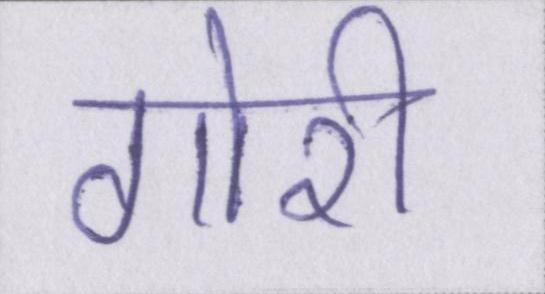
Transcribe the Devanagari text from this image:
गोरी